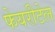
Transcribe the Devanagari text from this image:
फेयरीटेल